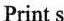
Print s